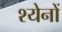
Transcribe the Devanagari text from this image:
श्येनों